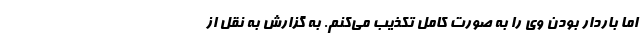
اما باردار بودن وی را به صورت کامل تکذیب می‌کنم. به گزارش به نقل از